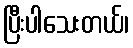
ပြီးပါသေးတယ်၊